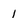
Character: 1